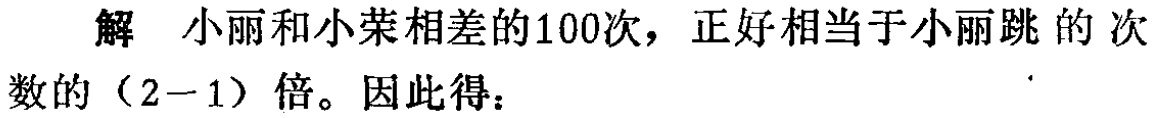
解 小丽和小荣相差的100次，正好相当于小丽跳的次数的（2−1）倍。因此得：